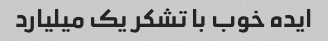
ایده خوب با تشکر یک میلیارد